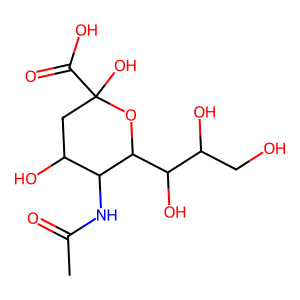
SMILES: CC(=O)NC1C(O)CC(O)(C(=O)O)OC1C(O)C(O)CO
Inhibits HIV replication: No